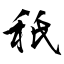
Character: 秖